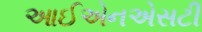
આઈએનએસટી